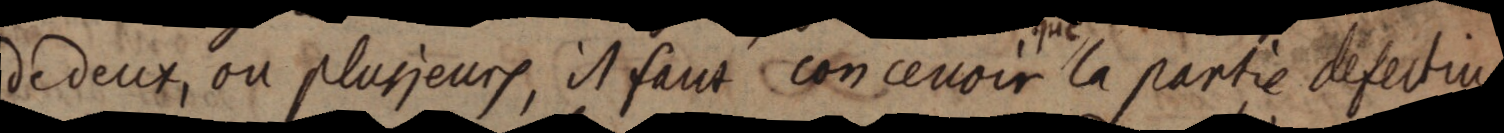
de deux, ou plusieurs, il faut concevoir que la partie defective